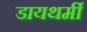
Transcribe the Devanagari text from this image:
डायथर्मी